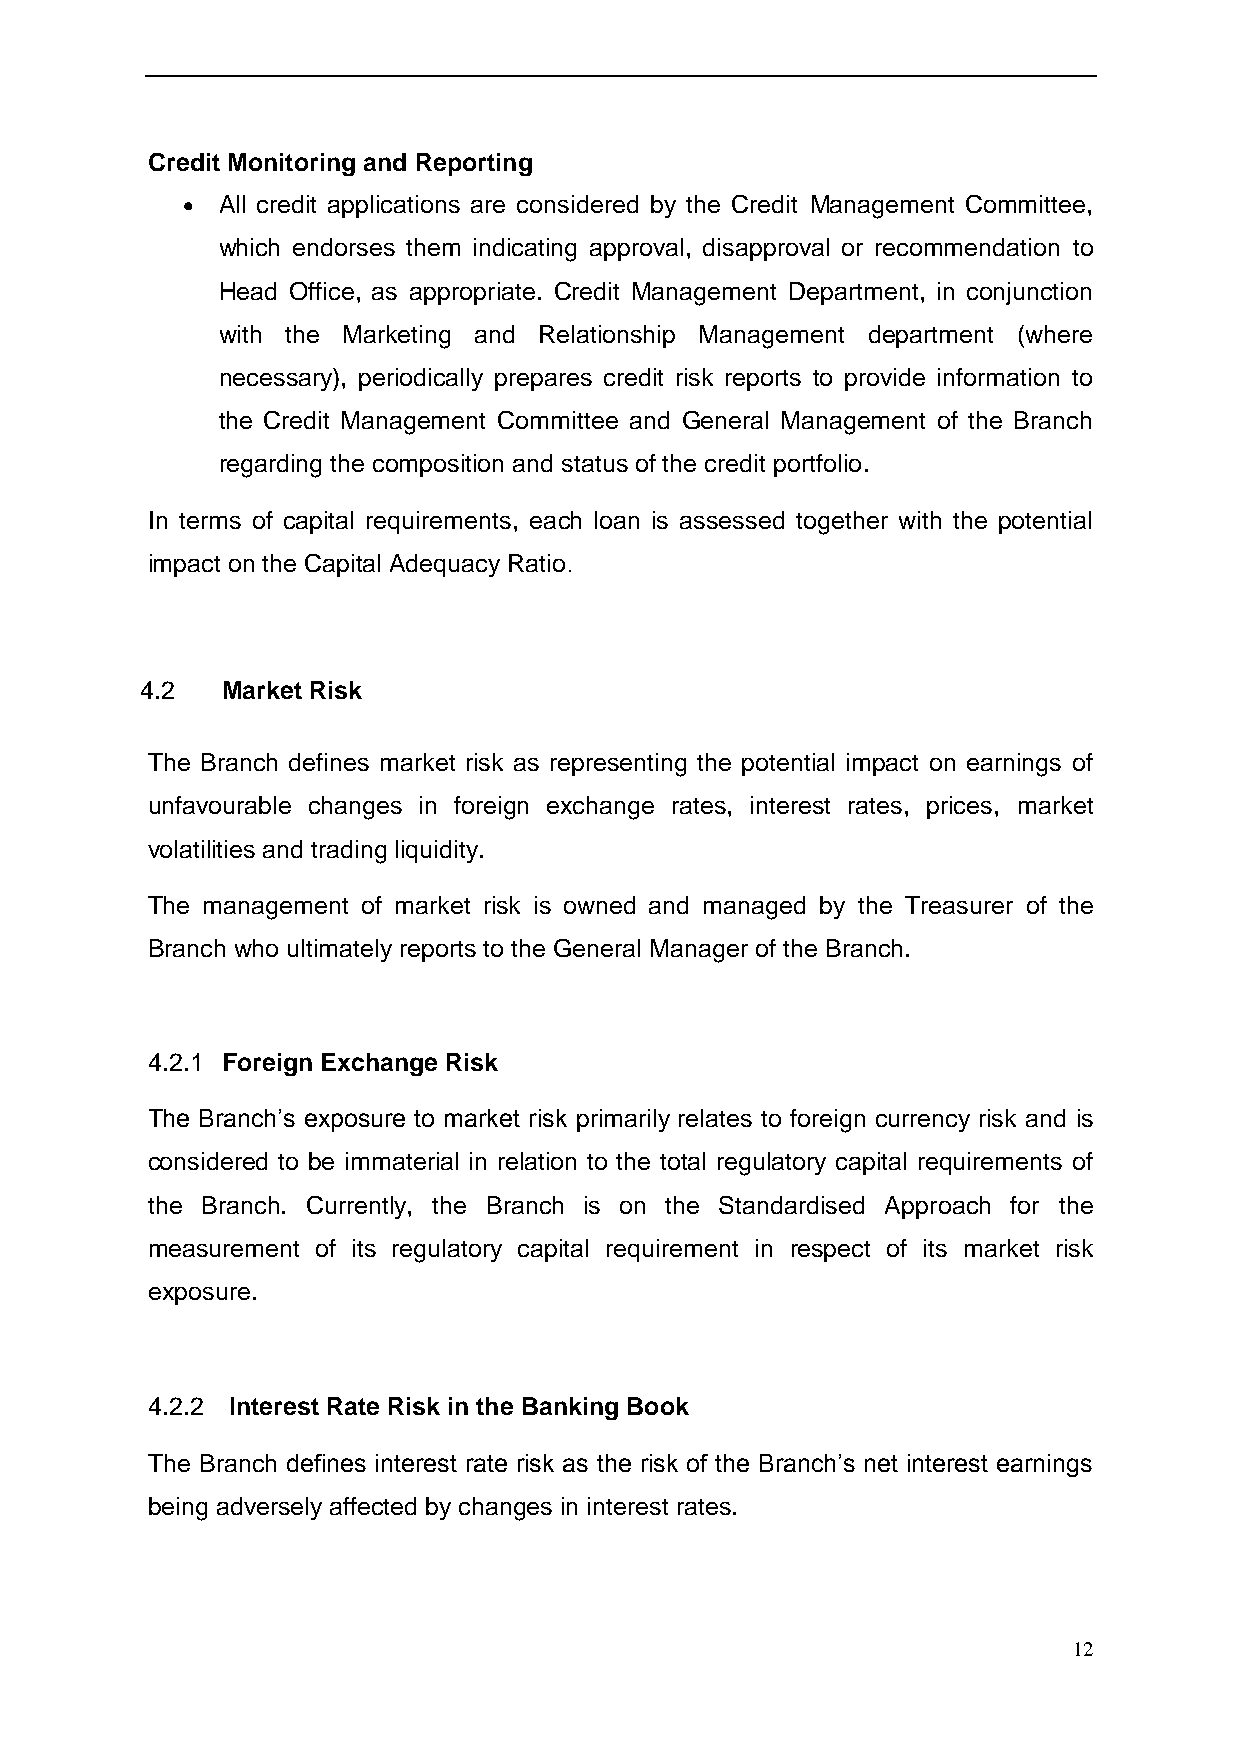
Credit Monitoring and Reporting
  All credit applications are considered by the Credit Management Committee,
 which endorses them indicating approval, disapproval or recommendation to
 Head Office, as appropriate. Credit Management Department, in conjunction
 with the Marketing and Relationship Management department (where
 necessary), periodically prepares credit risk reports to provide information to
 the Credit Management Committee and General Management of the Branch
 regarding the composition and status of the credit portfolio.
 In terms of capital requirements, each loan is assessed together with the potential
 impact on the Capital Adequacy Ratio.
 4.2   Market Risk
 The Branch defines market risk as representing the potential impact on earnings of
 unfavourable changes in foreign exchange rates, interest rates, prices, market
 volatilities and trading liquidity.
 The management of market risk is owned and managed by the Treasurer of the
 Branch who ultimately reports to the General Manager of the Branch.
 4.2.1 Foreign Exchange Risk
 The Branch’s exposure to market risk primarily relates to foreign currency risk and is
 considered to be immaterial in relation to the total regulatory capital requirements of
 the Branch. Currently, the Branch is on the Standardised Approach for the
 measurement of its regulatory capital requirement in respect of its market risk
 exposure.
 4.2.2 Interest Rate Risk in the Banking Book
 The Branch defines interest rate risk as the risk of the Branch’s net interest earnings
 being adversely affected by changes in interest rates.
 12